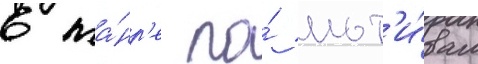
в жа́нр'е по́ мот'и́вам